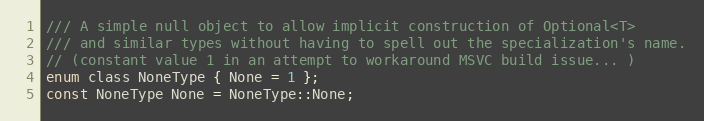
Language: C
/// A simple null object to allow implicit construction of Optional<T>
/// and similar types without having to spell out the specialization's name.
// (constant value 1 in an attempt to workaround MSVC build issue... )
enum class NoneType { None = 1 };
const NoneType None = NoneType::None;